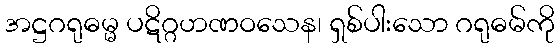
အဋ္ဌဂရုဓမ္မ ပဋိဂ္ဂဟဏဝသေန၊ ရှစ်ပါးသော ဂရုဓမ်ကို